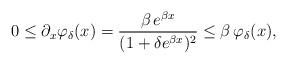
LaTeX: \begin{align*}0\le \partial_x \varphi_{\delta}(x)=\frac{\beta \, e^{\beta x}}{(1+\delta e^{\beta x})^2} \le \beta \,\varphi_{\delta}(x),\end{align*}